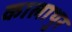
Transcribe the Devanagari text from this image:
कालाथुर